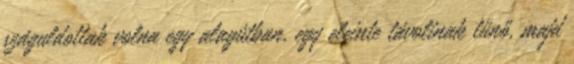
száguldottak volna egy alagútban, egy eleinte távolinak tűnő, majd